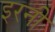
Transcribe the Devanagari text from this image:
इरनी